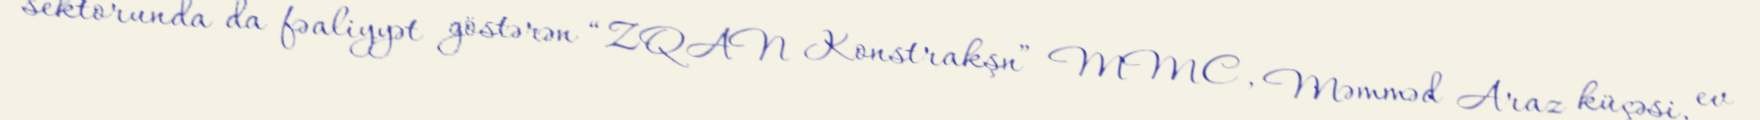
sektorunda da fəaliyyət göstərən “ZQAN Konstrakşn” MMC, Məmməd Araz küçəsi, ev